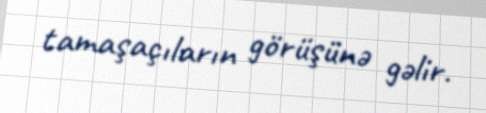
tamaşaçıların görüşünə gəlir.